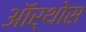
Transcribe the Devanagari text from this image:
ऑर्थोस